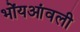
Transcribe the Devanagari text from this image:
भोंयआंवली